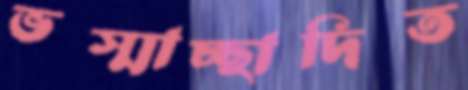
ভস্মাচ্ছাদিত